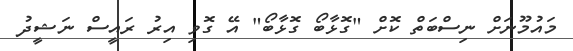
މައުމޫނަށް ނިސްބަތް ކޮށް "ގޮޅާބޯ ގޮޅާބޯ" އޭ ގޮވި އިރު ރައީސް ނަޝީދު